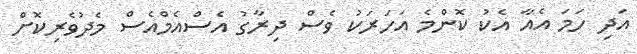
އަދި ހަމަ އެއާ އެކު ކޮންމެ އަހަރަކު ވެސް ދިރާގު އެސްއެމްއެސް މެދުވެރިކޮށް